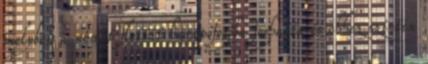
melyben a német flottát harapófogóba foghatta és ehhez szintén